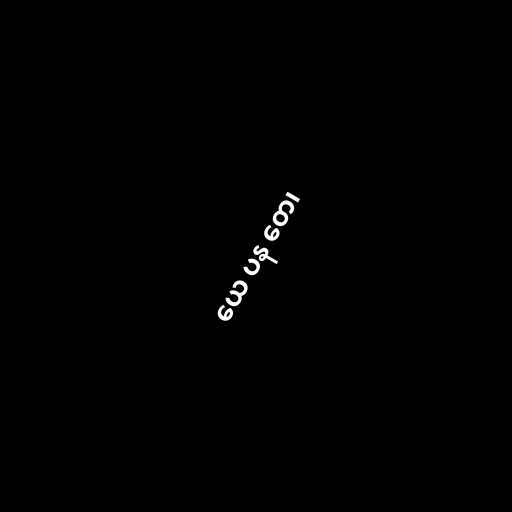
ယေ ပန တေ၊